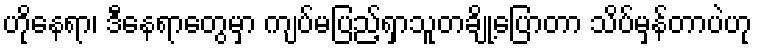
ဟိုနေရာ၊ ဒီနေရာတွေမှာ ကျပ်မပြည့်ရှာသူတချို့ပြောတာ သိပ်မှန်တာပဲဟု